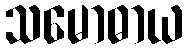
သမောဓာယ